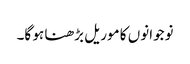
نوجوانوں کا موریل بڑھنا ہو گا۔